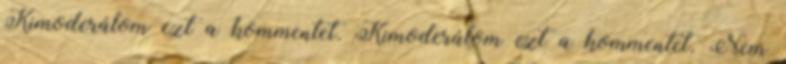
Kimoderálom ezt a kommentet. Kimoderálom ezt a kommentet. Nem